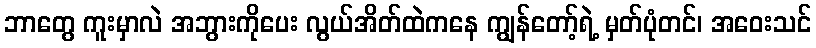
ဘာတွေ ကူးမှာလဲ အဘွားကိုပေး လွယ်အိတ်ထဲကနေ ကျွန်တော့်ရဲ့ မှတ်ပုံတင်၊ အဝေးသင်